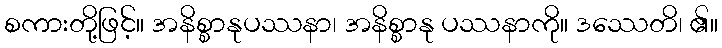
စကားတို့ဖြင့်။ အနိစ္စာနုပဿနာ၊ အနိစ္စာနု ပဿနာကို။ ဒဿေတိ၊ ၏။